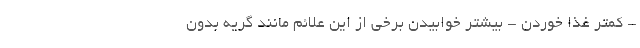
- کمتر غذا خوردن - بیشتر خوابیدن برخی از این علائم مانند گریه بدون